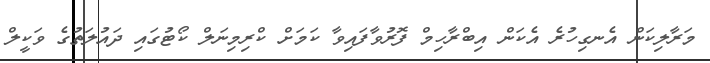
މަރާލިކަން އެނގިހުރެ އެކަން އިބްރާހިމް ފޮރުވާފައިވާ ކަމަށް ކްރިމިނަލް ކޯޓުގައި ދައުލަތުގެ ވަކީލް